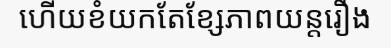
ហើយខំយកតែខ្សែភាពយន្តរឿង